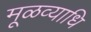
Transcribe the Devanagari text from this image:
मूळव्याधि